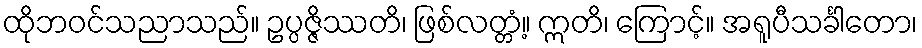
ထိုဘဝင်သညာသည်။ ဥပ္ပဇ္ဇိဿတိ၊ ဖြစ်လတ္တံ့။ ဣတိ၊ ကြောင့်။ အရူပီသင်္ခါတော၊